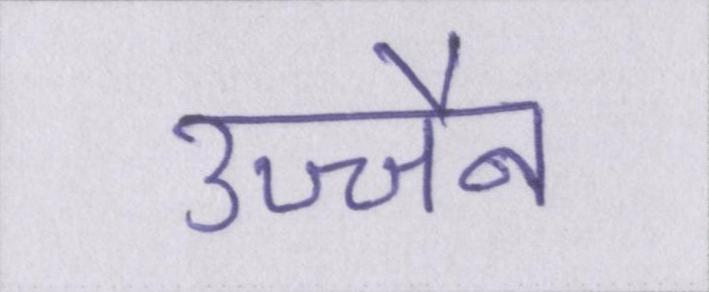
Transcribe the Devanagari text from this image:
उज्जैन